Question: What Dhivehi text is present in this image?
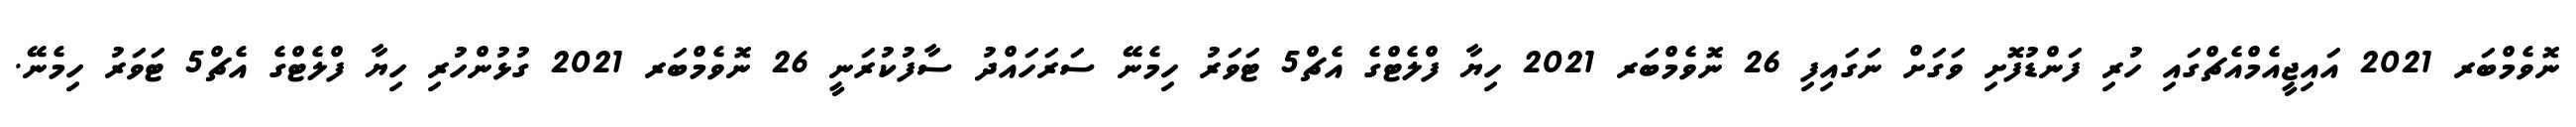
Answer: ނޮވެމްބަރ 2021 އައިޖީއެމްއެޗްގައި ހުރި ފަންޑުފޮށި ވަގަށް ނަގައިފި 26 ނޮވެމްބަރ 2021 ހިޔާ ފްލެޓްގެ އެޗް5 ޓަވަރު ހިމެނޭ ސަރަހައްދު ސާފުކުރަނީ 26 ނޮވެމްބަރ 2021 ގުޅުންހުރި ހިޔާ ފްލެޓްގެ އެޗް5 ޓަވަރު ހިމެނޭ.